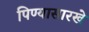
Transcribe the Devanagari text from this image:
पिण्यासारखे